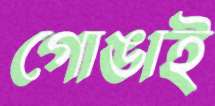
গোঙাই